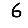
Digit: 6